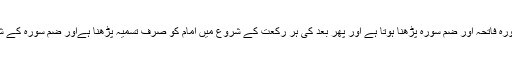
امام کو پہلی رکعت میں سبحانک ، تعوذ ، تسمیہ اور پھر سورہ فاتحہ اور ضم سورہ پڑھنا ہوتا ہے اور پھر بعد کی ہر رکعت کے شروع میں امام کو صرف تسمیہ پڑھنا ہےاور ضم سورہ کے شروع میں اگرتسمیہ پڑھا جائے تو بہت بہتر اور افضل ہے۔